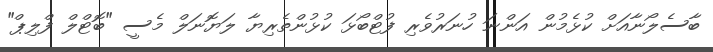
ބާސެލޯނާއަށް ކުޅެމުން އަންނަ ހުނަރުވެރި ފުޓްބޯޅަ ކުޅުންތެރިޔާ ލަޔޮނަލް މެސީ "ބޮޓްލް ފްލިޕް"